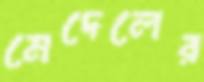
মেদেলের